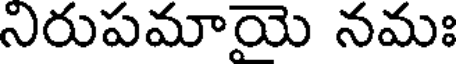
నిరుపమాయె నమః